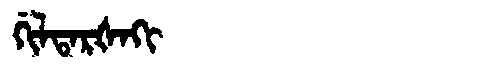
Manchu: ᡤᡳᠯᡨᠠᡵᡧᠠᡴᡳ
Romanization: GILTARŠAKI